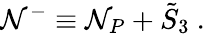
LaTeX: {\cal\mathcal{N}}^{-}\equiv\mathcal{N}_{P}+{\tilde{{S}}}_{3}\ .